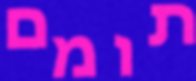
תומם